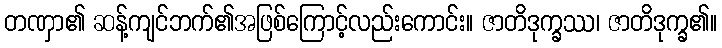
တဏှာ၏ ဆန့်ကျင်ဘက်၏အဖြစ်ကြောင့်လည်းကောင်း။ ဇာတိဒုက္ခဿ၊ ဇာတိဒုက္ခ၏။